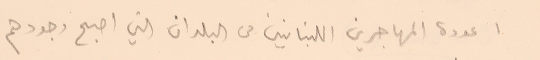
١ عودة المهاجرين اللبنانين من البلدان التي اصبح وجودهم